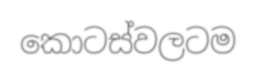
කොටස්වලටම